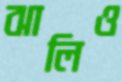
ঝালিও